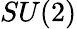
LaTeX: SU(2)